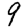
Digit: 9